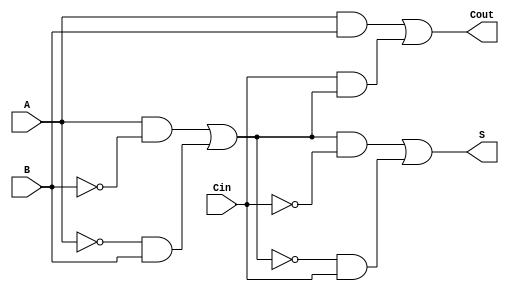
module TransmissionGateFullAdder (
    input wire A,     // First input bit
    input wire B,     // Second input bit
    input wire Cin,   // Carry-in bit
    output wire S,    // Sum output
    output wire Cout   // Carry-out output
);

    wire AB;          // Intermediate signal for A AND B
    wire A_xor_B;    // Intermediate signal for A XOR B
    wire A_xor_B_and_Cin; // Intermediate signal for (A XOR B) AND Cin

    // Transmission Gate for A XOR B
    assign A_xor_B = (A & ~B) | (~A & B);

    // Transmission Gate for Sum S = A XOR B XOR Cin
    assign S = (A_xor_B & ~Cin) | (~A_xor_B & Cin);

    // Transmission Gate for Carry-out Cout = (A AND B) OR (Cin AND (A XOR B))
    assign AB = A & B; // A AND B
    assign A_xor_B_and_Cin = Cin & A_xor_B; // Cin AND (A XOR B)
    assign Cout = AB | A_xor_B_and_Cin; // Cout = (A AND B) OR (Cin AND (A XOR B))

endmodule